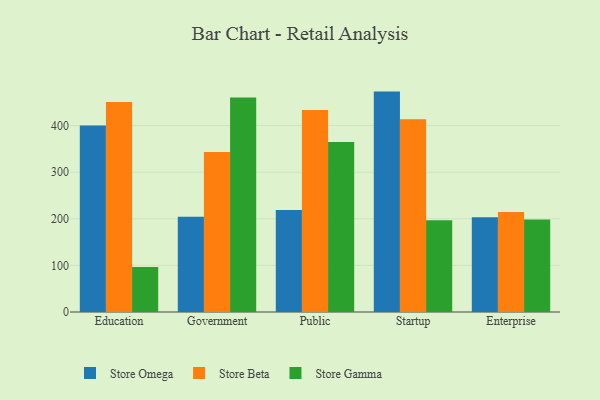
{"axis": {"x": "Segment", "y": "Net Income (USD K)"}, "legend": ["Store Beta", "Store Gamma", "Store Omega"], "data": [{"x": "Education", "y": 400.0, "type": "Store Omega"}, {"x": "Education", "y": 450.6, "type": "Store Beta"}, {"x": "Education", "y": 96.5, "type": "Store Gamma"}, {"x": "Government", "y": 204.4, "type": "Store Omega"}, {"x": "Government", "y": 343.3, "type": "Store Beta"}, {"x": "Government", "y": 460.3, "type": "Store Gamma"}, {"x": "Public", "y": 218.9, "type": "Store Omega"}, {"x": "Public", "y": 433.4, "type": "Store Beta"}, {"x": "Public", "y": 364.8, "type": "Store Gamma"}, {"x": "Startup", "y": 472.9, "type": "Store Omega"}, {"x": "Startup", "y": 413.8, "type": "Store Beta"}, {"x": "Startup", "y": 196.9, "type": "Store Gamma"}, {"x": "Enterprise", "y": 203.5, "type": "Store Omega"}, {"x": "Enterprise", "y": 214.5, "type": "Store Beta"}, {"x": "Enterprise", "y": 198.7, "type": "Store Gamma"}]}